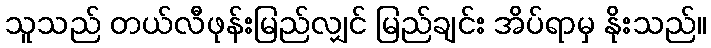
သူသည် တယ်လီဖုန်းမြည်လျှင် မြည်ချင်း အိပ်ရာမှ နိုးသည်။